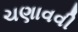
ચણાવવી